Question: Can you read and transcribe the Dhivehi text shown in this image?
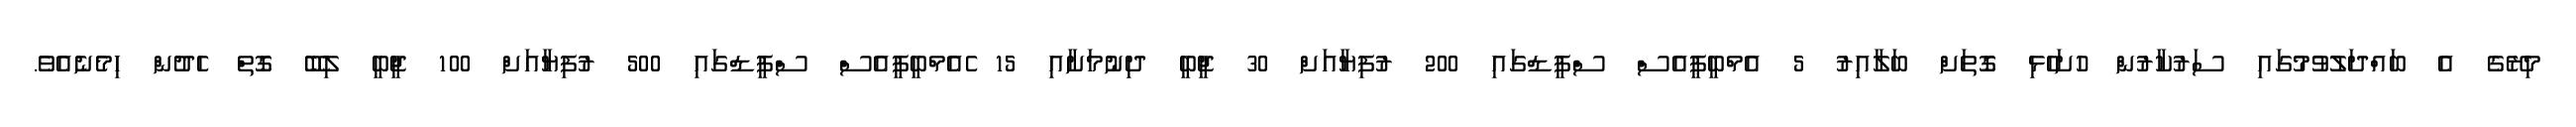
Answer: މިރޭގެ އެ ބައްދަލުވުމުގައި ސަރުކާރުން ހުށަހެޅި ގޮތަށް ބަލާއިރު 5 އެމްބީޕީއެސް ސްޕީޑްގައި 200 ރުފިޔާއަށް 30 ޖީބީ ދިނުމަށާއި 15 ެއެމްބީޕީއެސް ސްޕީޑްގައި 500 ރުފިޔާއަށް 100 ޖީބީ ލިބޭ ގޮތް ހެދުން ހިމެނެއެވެ.